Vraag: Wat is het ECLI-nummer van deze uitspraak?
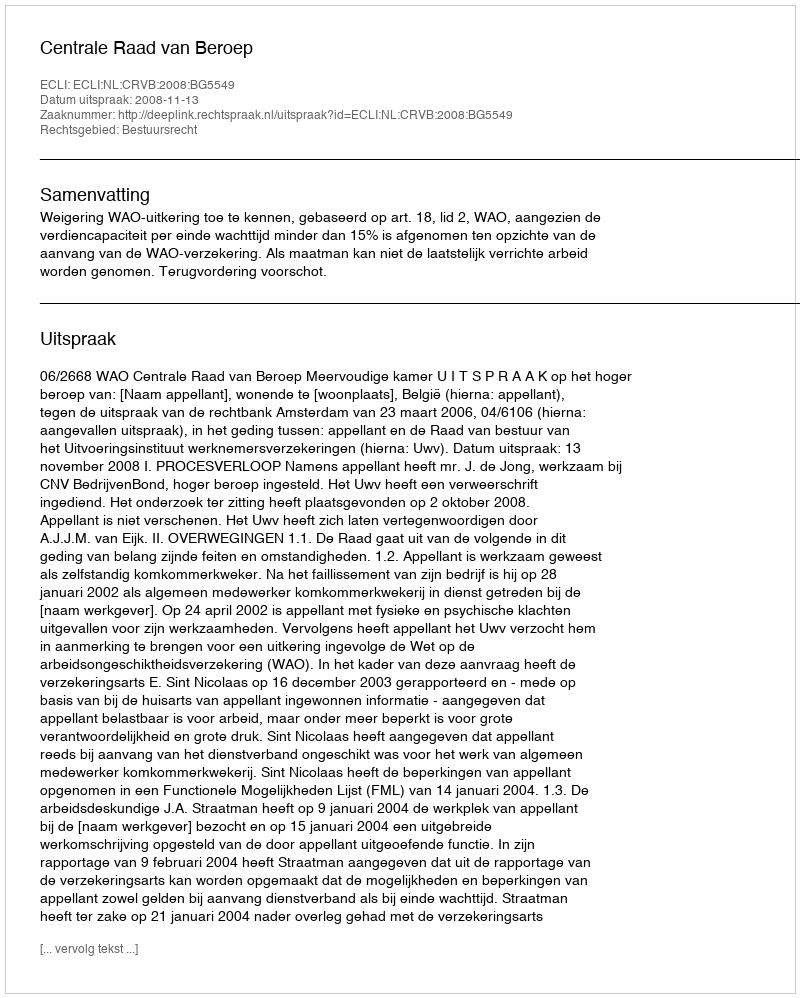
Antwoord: ECLI:NL:CRVB:2008:BG5549